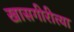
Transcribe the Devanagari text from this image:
खासगीरीत्या